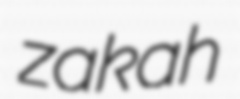
zakah